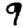
Digit: 9